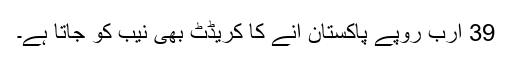
39 ارب روپے پاکستان آنے کا کریڈٹ بھی نیب کو جاتا ہے۔